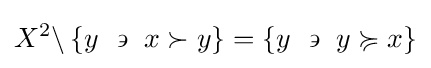
X^{2}\backslash \left\{y~\backepsilon ~x\succ y\right\}=\left\{y~\backepsilon ~y\succcurlyeq x\right\}